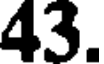
43.